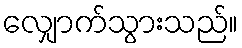
လျှောက်သွားသည်။